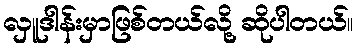
လှူဒါန်းမှာဖြစ်တယ်လို့ ဆိုပါတယ်။